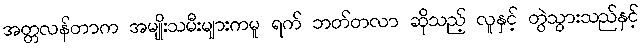
အတ္တလန်တာက အမျိုးသမီးများကမူ ရက် ဘတ်တလာ ဆိုသည့် လူနှင့် တွဲသွားသည်နှင့်